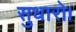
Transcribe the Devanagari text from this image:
सुधारो।